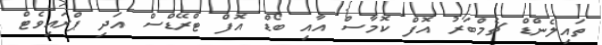
ތައިލެންޑް ޗެމްބަރު އޮފް ކޮމާސް އާއި ބޯޑް އޮފް ޓްރޭޑްސް އަދި ޕްރައިވެޓް